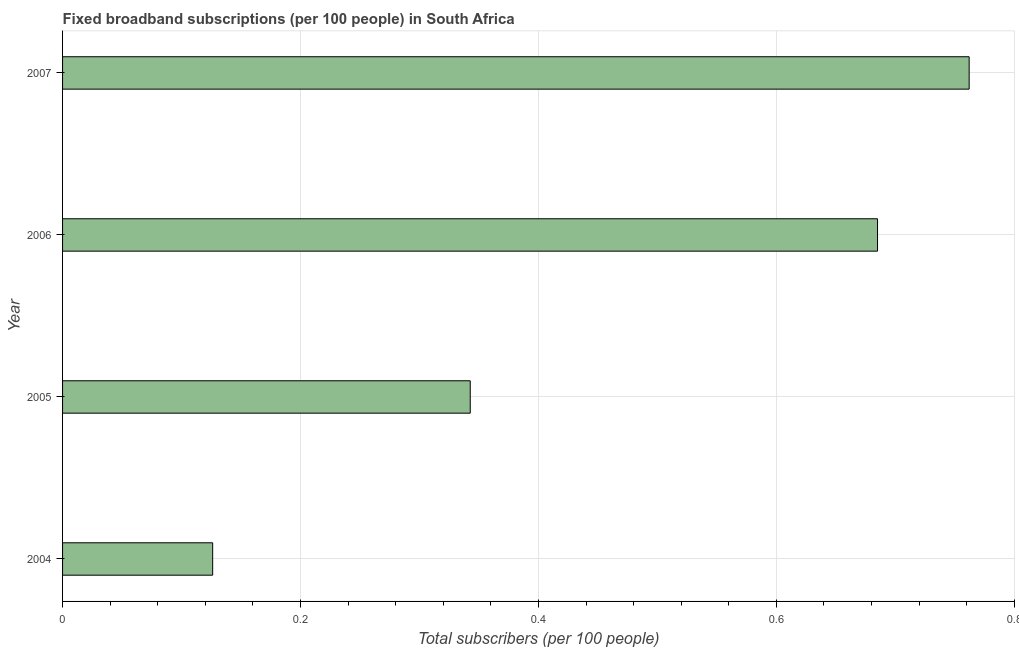
| Year | Fixed broadband subscriptions (per 100 people) |
 | --- | --- |
 | 2004 | 0.126 |
 | 2005 | 0.343 |
 | 2006 | 0.685 |
 | 2007 | 0.762 |